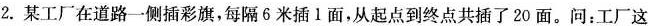
2.某工厂在道路一侧插彩旗，每隔6米插1面，从起点到终点共插了20面。问：工厂这